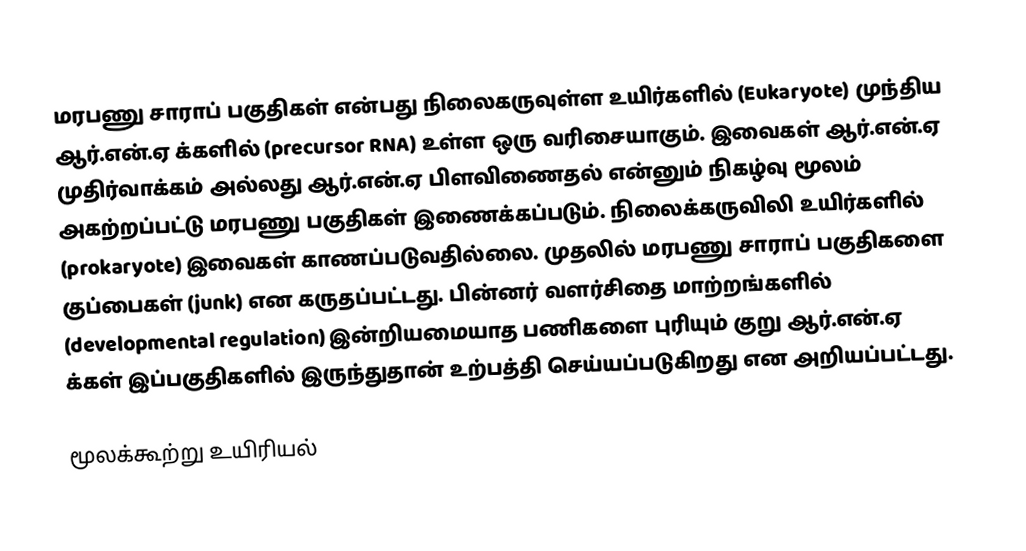
மரபணு  சாராப் பகுதிகள் என்பது நிலைகருவுள்ள உயிர்களில் (Eukaryote)  முந்திய ஆர்.என்.ஏ க்களில் (precursor RNA) உள்ள ஒரு வரிசையாகும். இவைகள் ஆர்.என்.ஏ முதிர்வாக்கம் அல்லது ஆர்.என்.ஏ பிளவிணைதல் என்னும் நிகழ்வு மூலம் அகற்றப்பட்டு மரபணு பகுதிகள் இணைக்கப்படும். நிலைக்கருவிலி உயிர்களில் (prokaryote) இவைகள் காணப்படுவதில்லை. முதலில் மரபணு சாராப் பகுதிகளை குப்பைகள் (junk) என கருதப்பட்டது. பின்னர் வளர்சிதை மாற்றங்களில் (developmental regulation) இன்றியமையாத பணிகளை புரியும் குறு ஆர்.என்.ஏ க்கள் இப்பகுதிகளில் இருந்துதான் உற்பத்தி செய்யப்படுகிறது என அறியப்பட்டது.

மூலக்கூற்று உயிரியல்